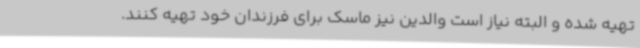
تهیه شده و البته نیاز است والدین نیز ماسک برای فرزندان خود تهیه کنند.